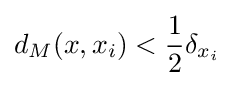
d_{M}(x,x_{i})<{\frac {1}{2}}\delta _{x_{i}}